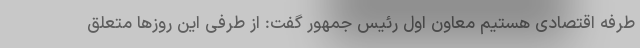
طرفه اقتصادی هستیم معاون اول رئیس جمهور گفت: از طرفی این روزها متعلق